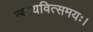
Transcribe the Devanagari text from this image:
न्यायवित्समयः।